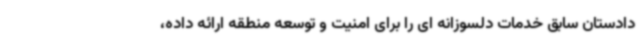
دادستان سابق خدمات دلسوزانه ای را برای امنیت و توسعه منطقه ارائه داده،